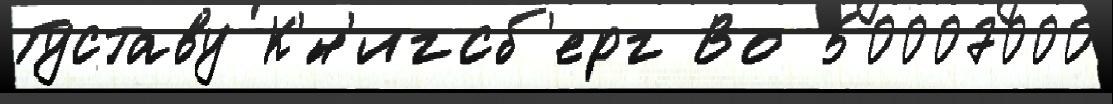
Густаву К'́н'игсб'ерг Во 50007000